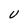
Character: U